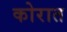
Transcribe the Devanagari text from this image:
कोरात